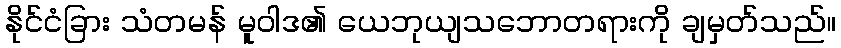
နိုင်ငံခြား သံတမန် မူဝါဒ၏ ယေဘုယျသဘောတရားကို ချမှတ်သည်။